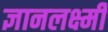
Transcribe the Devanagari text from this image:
ज्ञानलक्ष्मी